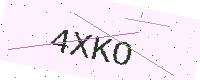
Text: 4XKO